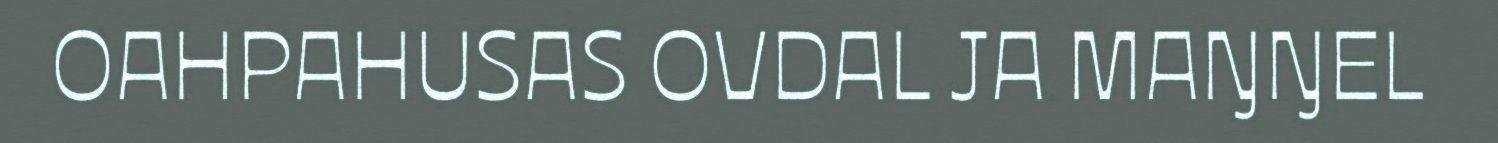
OAHPAHUSAS OVDAL JA MAŊŊEL